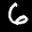
Label: 6